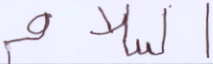
السلام